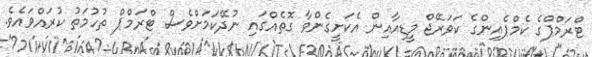
ޓްރަމްޕްގެ ކެމްޕެއިންގެ ކަވަރޭޖް މީޑިއާއިން އެކަށީގެންވާ ގޮތެއްގައި ނުދޭކަމަށްވެސް ޓްރަމްޕް ތުހުމަތު ކުރައްވައެވެ.